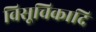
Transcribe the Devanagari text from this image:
विसूचिकादि